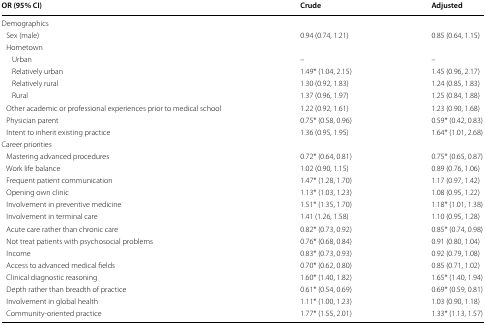
<table><thead><tr><td><b>OR (95% CI)</b></td><td><b>Crude</b></td><td><b>Adjusted</b></td></tr></thead><tbody><tr><td colspan="3">Demographics</td></tr><tr><td> Sex (male)</td><td>0.94 (0.74, 1.21)</td><td>0.85 (0.64, 1.15)</td></tr><tr><td colspan="3"> Hometown</td></tr><tr><td>Urban</td><td>–</td><td>–</td></tr><tr><td>Relatively urban</td><td>1.49* (1.04, 2.15)</td><td>1.45 (0.96, 2.17)</td></tr><tr><td>Relatively rural</td><td>1.30 (0.92, 1.83)</td><td>1.24 (0.85, 1.83)</td></tr><tr><td>Rural</td><td>1.37 (0.96, 1.97)</td><td>1.25 (0.84, 1.88)</td></tr><tr><td> Other academic or professional experiences prior to medical school</td><td>1.22 (0.92, 1.61)</td><td>1.23 (0.90, 1.68)</td></tr><tr><td> Physician parent</td><td>0.75* (0.58, 0.96)</td><td>0.59* (0.42, 0.83)</td></tr><tr><td> Intent to inherit existing practice</td><td>1.36 (0.95, 1.95)</td><td>1.64* (1.01, 2.68)</td></tr><tr><td colspan="3">Career priorities</td></tr><tr><td> Mastering advanced procedures</td><td>0.72* (0.64, 0.81)</td><td>0.75* (0.65, 0.87)</td></tr><tr><td> Work life balance</td><td>1.02 (0.90, 1.15)</td><td>0.89 (0.76, 1.06)</td></tr><tr><td> Frequent patient communication</td><td>1.47* (1.28, 1.70)</td><td>1.17 (0.97, 1.42)</td></tr><tr><td> Opening own clinic</td><td>1.13* (1.03, 1.23)</td><td>1.08 (0.95, 1.22)</td></tr><tr><td> Involvement in preventive medicine</td><td>1.51* (1.35, 1.70)</td><td>1.18* (1.01, 1.38)</td></tr><tr><td> Involvement in terminal care</td><td>1.41 (1.26, 1.58)</td><td>1.10 (0.95, 1.28)</td></tr><tr><td> Acute care rather than chronic care</td><td>0.82* (0.73, 0.92)</td><td>0.85* (0.74, 0.98)</td></tr><tr><td> Not treat patients with psychosocial problems</td><td>0.76* (0.68, 0.84)</td><td>0.91 (0.80, 1.04)</td></tr><tr><td> Income</td><td>0.83* (0.73, 0.93)</td><td>0.92 (0.79, 1.08)</td></tr><tr><td> Access to advanced medical fields</td><td>0.70* (0.62, 0.80)</td><td>0.85 (0.71, 1.02)</td></tr><tr><td> Clinical diagnostic reasoning</td><td>1.60* (1.40, 1.82)</td><td>1.65* (1.40, 1.94)</td></tr><tr><td> Depth rather than breadth of practice</td><td>0.61* (0.54, 0.69)</td><td>0.69* (0.59, 0.81)</td></tr><tr><td> Involvement in global health</td><td>1.11* (1.00, 1.23)</td><td>1.03 (0.90, 1.18)</td></tr><tr><td> Community-oriented practice</td><td>1.77* (1.55, 2.01)</td><td>1.33* (1.13, 1.57)</td></tr></tbody></table>